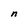
Character: n